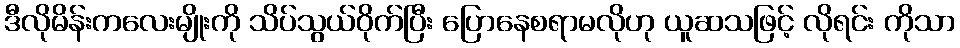
ဒီလိုမိန်းကလေးမျိုးကို သိပ်သွယ်ဝိုက်ပြီး ပြောနေစရာမလိုဟု ယူဆသဖြင့် လိုရင်း ကိုသာ